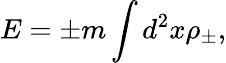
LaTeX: E=\pm m\int d^{2}x{\rho}_{\pm},